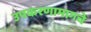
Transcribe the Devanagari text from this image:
उपकरणामागचे